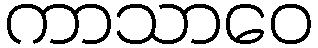
ကာသာဝေ